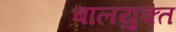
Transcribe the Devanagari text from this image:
बालयुक्त